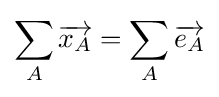
\sum _{A}{\overrightarrow {x_{A}}}=\sum _{A}{\overrightarrow {e_{A}}}